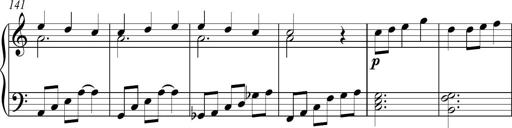
Title: Piano Sonatina in C
Composer: Daniel LÃ©o Simpson
Key: C major